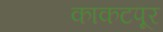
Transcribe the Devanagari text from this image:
काकटपूर